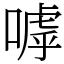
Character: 嘑